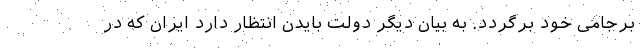
برجامی خود برگردد. به بیان دیگر دولت بایدن انتظار دارد ایران که در